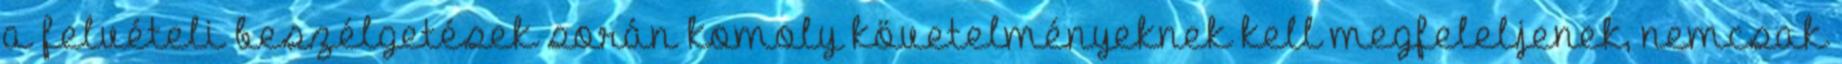
a felvételi beszélgetések során komoly követelményeknek kell megfeleljenek, nemcsak